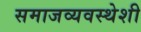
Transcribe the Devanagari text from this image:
समाजव्यवस्थेशी